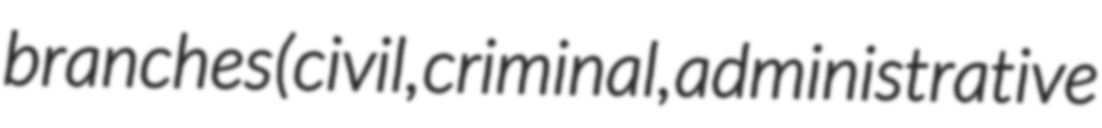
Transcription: branches (civil, criminal, administrative